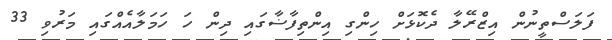
ފަލަސްތީނުން އިޒްރޭލާ ދެކޮޅަށް ހިންގި އިންތިފާޟާގައި ދިން ހަ ހަމަލާއެއްގައި މަރުވި 33